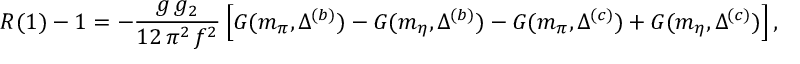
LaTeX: R ( 1 ) - 1 = - \frac { g \, g _ { 2 } } { 1 2 \, \pi ^ { 2 } \, f ^ { 2 } } \, \Big [ G ( m _ { \pi } , \Delta ^ { ( b ) } ) - G ( m _ { \eta } , \Delta ^ { ( b ) } ) - G ( m _ { \pi } , \Delta ^ { ( c ) } ) + G ( m _ { \eta } , \Delta ^ { ( c ) } ) \Big ] \, ,